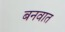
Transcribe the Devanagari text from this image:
बनवात